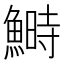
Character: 鰣